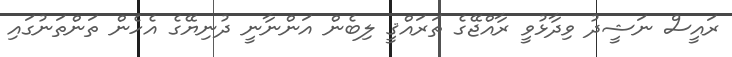
ރައީސް ނަޝީދު ވިދާޅުވީ ރާއްޖޭގެ ތަރައްޤީ ލިބެން އަންނާނީ ދުނިޔޭގެ އެހެން ތަންތަނުގައި